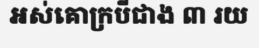
អស់គោក្របីជាង ៣ រយ